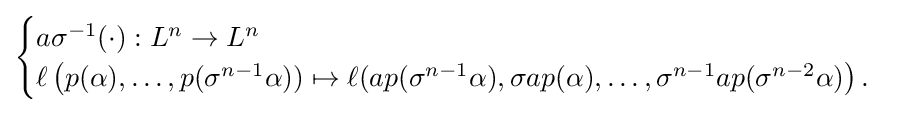
{\begin{cases}a\sigma ^{-1}(\cdot ):L^{n}\to L^{n}\\\ell \left(p(\alpha ),\ldots ,p(\sigma ^{n-1}\alpha ))\mapsto \ell (ap(\sigma ^{n-1}\alpha ),\sigma ap(\alpha ),\ldots ,\sigma ^{n-1}ap(\sigma ^{n-2}\alpha )\right).\end{cases}}